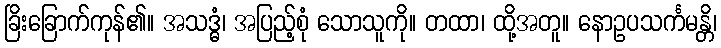
ခြိးခြောက်ကုန်၏။ အသဒ္ဓံ၊ အပြည့်စုံ သောသူကို။ တထာ၊ ထို့အတူ။ နောဥပသင်္ကမန္တိ၊